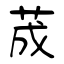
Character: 荿